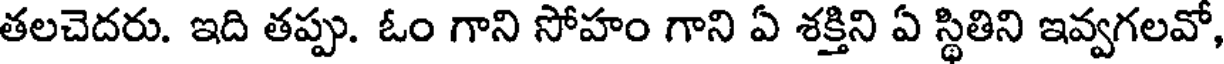
తలచెదరు. ఇది తప్పు. ఓం గాని సోహం గాని ఏ శక్తిని ఏ స్థితిని ఇవ్వగలవో,